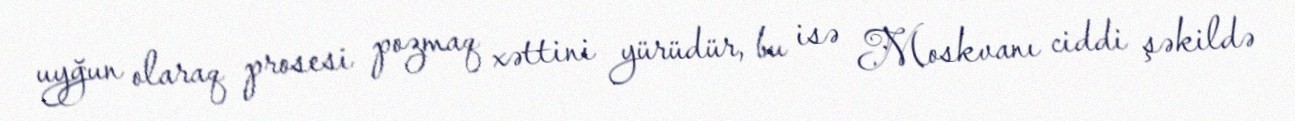
uyğun olaraq prosesi pozmaq xəttini yürüdür, bu isə Moskvanı ciddi şəkildə